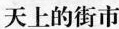
天上的街市